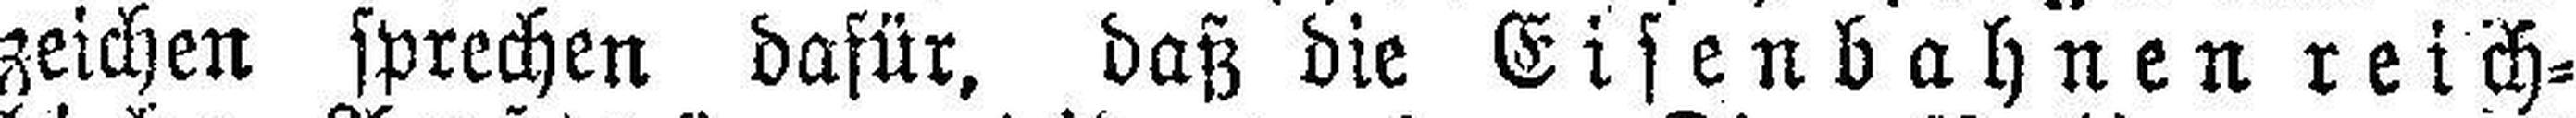
zeichen sprechen dafür, daß die Eisenbahnenreich¬